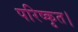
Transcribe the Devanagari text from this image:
परिष्कृत।